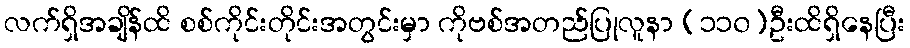
လက်ရှိအချိန်ထိ စစ်ကိုင်းတိုင်းအတွင်းမှာ ကိုဗစ်အတည်ပြုလူနာ (၁၁၀)ဦးထိရှိနေပြီး